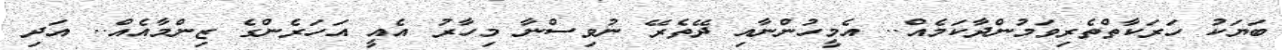
ބަޔަކު ހަރަކާތްތެރިވަމުންދާކަމެއް.. އެމީހުންނާއި ދޭތެރޭ ނުވިސްނާ މިހާރު އެއީ އަހަރެންގެ ޒިންމާއެއް.. އަދި